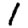
Digit: 1